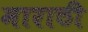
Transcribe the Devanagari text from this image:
माराठी